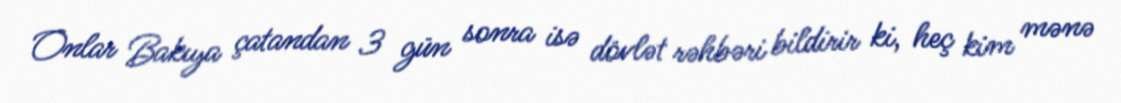
Onlar Bakıya çatandan 3 gün sonra isə dövlət rəhbəri bildirir ki, heç kim mənə